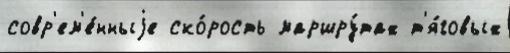
совр'ем'е́нныjе ско́рость маршру́тах т'я́говых